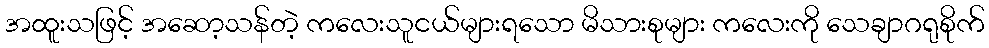
အထူးသဖြင့် အဆော့သန်တဲ့ ကလေးသူငယ်များရသော မိသားစုများ ကလေးကို သေချာဂရုစိုက်